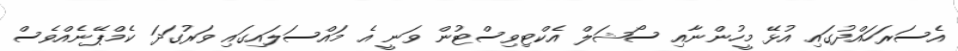
އެސަރަހައްދުގައި އުޅޭ މީހުންނާއި ސޯޝަލް އެކްޓިވިސްޓުން ވަނީ އެ މައްސަލައިގައި ވަރުގަދަ ކެމްޕޭނެއްވެސް